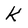
Character: K